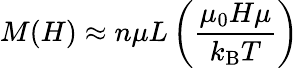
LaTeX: M(H)\approx n\mu L\left({\frac{\mu_{0}H\mu}{k_{\mathrm{B}}T}}\right)